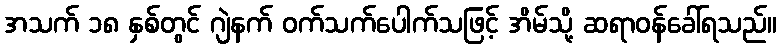
အသက် ၁၈ နှစ်တွင် ဂျဲနက် ဝက်သက်ပေါက်သဖြင့် အိမ်သို့ ဆရာဝန်ခေါ်ရသည်။